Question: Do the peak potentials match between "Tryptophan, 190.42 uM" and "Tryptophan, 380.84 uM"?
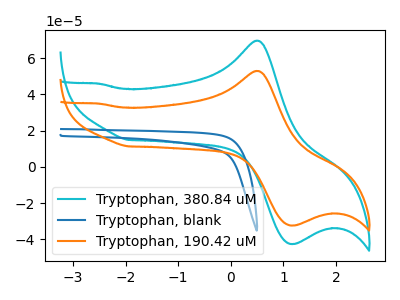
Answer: <think>The cyan curve "Tryptophan, 380.84 uM" has an anodic peak at (0.50V, 69.75uA) and a cathodic peak at (1.20V, -42.60uA). The blue curve "Tryptophan, blank" has no peaks. The orange curve "Tryptophan, 190.42 uM" has an anodic peak at (0.50V, 53.00uA) and a cathodic peak at (1.20V, -32.40uA).</think>
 <answer>Yes, "Tryptophan, 190.42 uM" have a peak in "Tryptophan, 380.84 uM" at the same potential.</answer>
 <eval>match</eval>